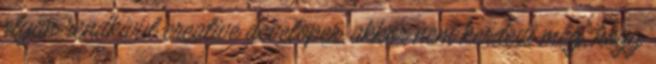
olyan rendkivul creative developer, akkor nem kerdezi meg, hogy